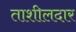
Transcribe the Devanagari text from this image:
ताशीलदार